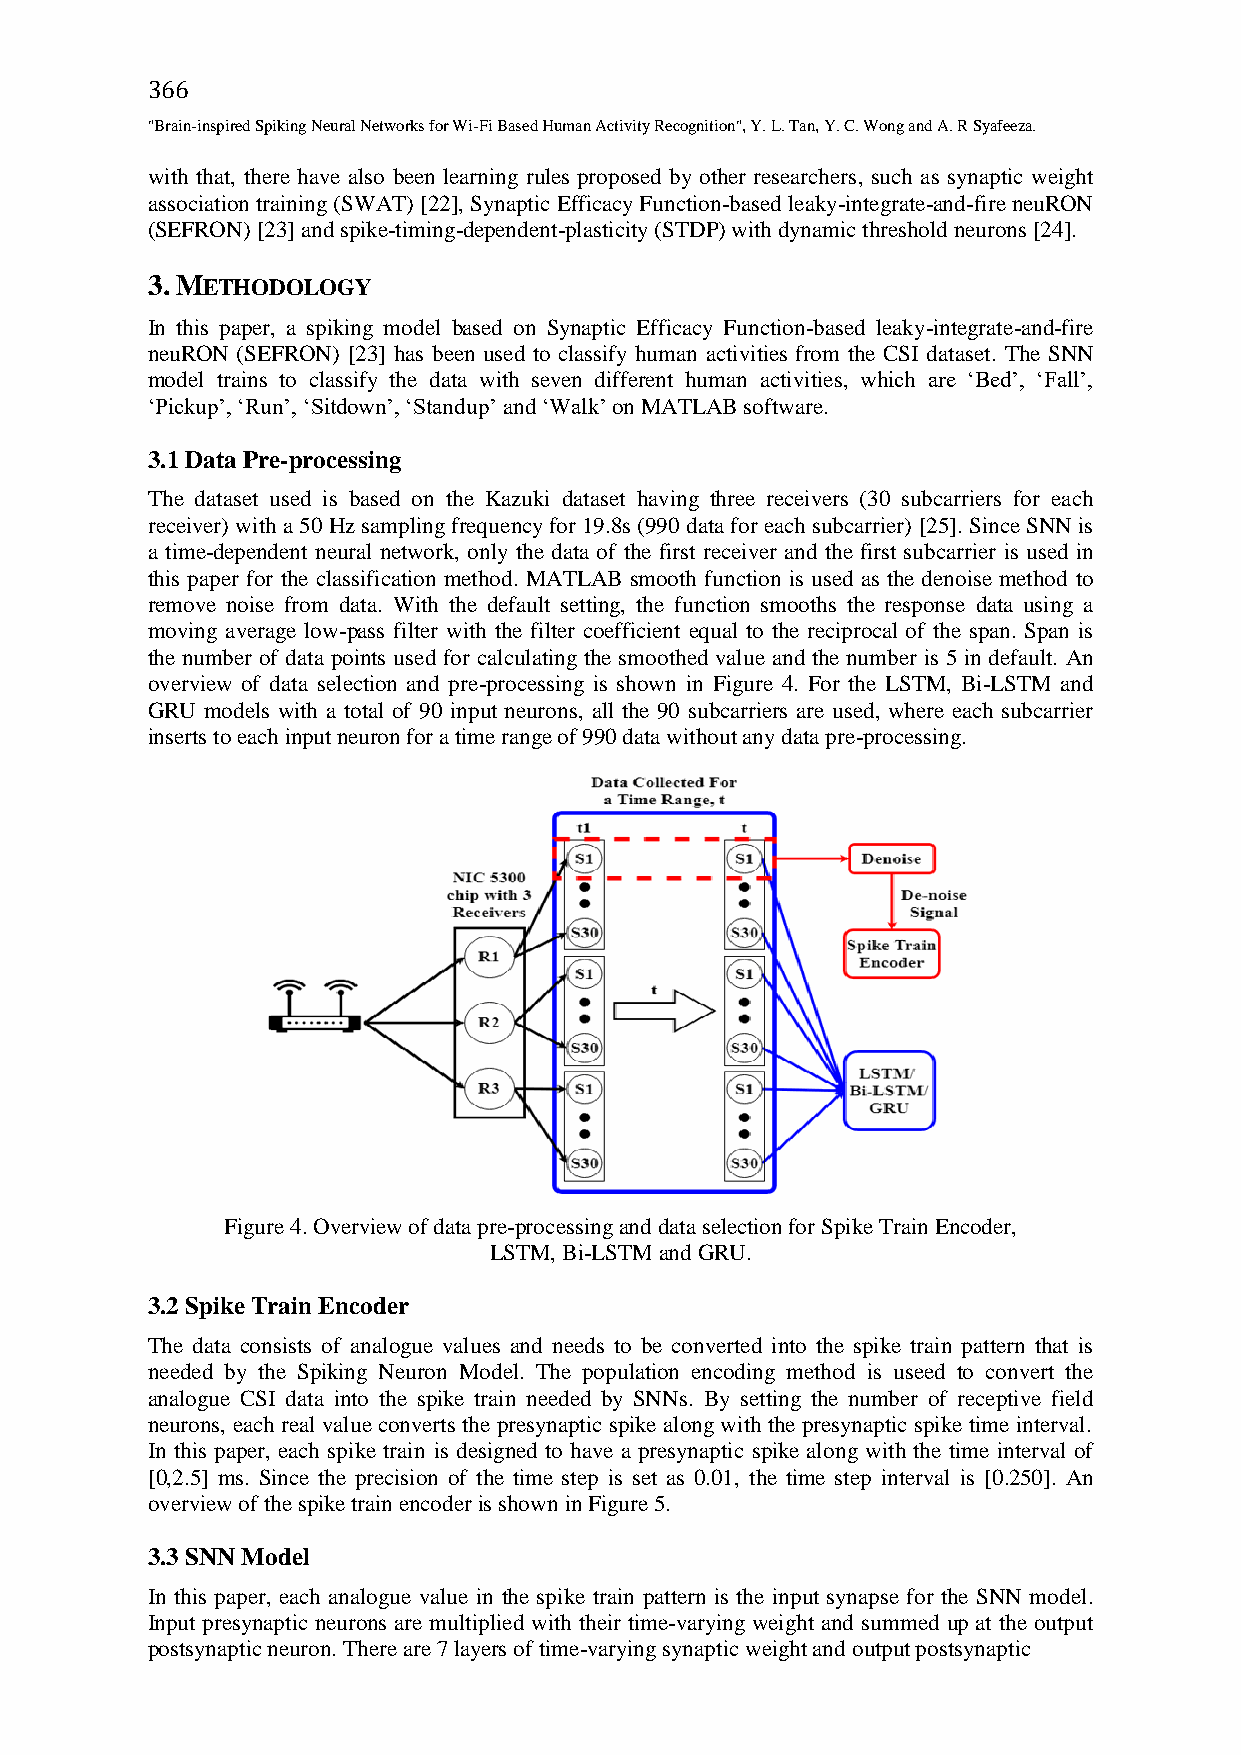
366
 "Brain-inspired Spiking Neural Networks for Wi-Fi Based Human Activity Recognition", Y. L. Tan, Y. C. Wong and A. R Syafeeza.
 with that, there have also been learning rules proposed by other researchers, such as synaptic weight
 association training (SWAT) [22], Synaptic Efficacy Function-based leaky-integrate-and-fire neuRON
 (SEFRON) [23] and spike-timing-dependent-plasticity (STDP) with dynamic threshold neurons [24].
 3.METHODOLOGY
 In this paper, a spiking model based on Synaptic Efficacy Function-based leaky-integrate-and-fire
 neuRON (SEFRON) [23] has been used to classify human activities from the CSI dataset. The SNN
 model trains to classify the data with seven different human activities, which are ‘Bed’, ‘Fall’,
 ‘Pickup’, ‘Run’, ‘Sitdown’, ‘Standup’ and ‘Walk’ on MATLAB software.
 3.1 Data Pre-processing
 The dataset used is based on the Kazuki dataset having three receivers (30 subcarriers for each
 receiver) with a 50 Hz sampling frequency for 19.8s (990 data for each subcarrier) [25]. Since SNN is
 a time-dependent neural network, only the data of the first receiver and the first subcarrier is used in
 this paper for the classification method. MATLAB smooth function is used as the denoise method to
 remove noise from data. With the default setting, the function smooths the response data using a
 moving average low-pass filter with the filter coefficient equal to the reciprocal of the span. Span is
 the number of data points used for calculating the smoothed value and the number is 5 in default. An
 overview of data selection and pre-processing is shown in Figure 4. For the LSTM, Bi-LSTM and
 GRU models with a total of 90 input neurons, all the 90 subcarriers are used, where each subcarrier
 inserts to each input neuron for a time range of 990 data without any data pre-processing.
 Figure 4. Overview of data pre-processing and data selection for Spike Train Encoder,
 LSTM, Bi-LSTM and GRU.
 3.2 Spike Train Encoder
 The data consists of analogue values and needs to be converted into the spike train pattern that is
 needed by the Spiking Neuron Model. The population encoding method is useed to convert the
 analogue CSI data into the spike train needed by SNNs. By setting the number of receptive field
 neurons, each real value converts the presynaptic spike along with the presynaptic spike time interval.
 In this paper, each spike train is designed to have a presynaptic spike along with the time interval of
 [0,2.5] ms. Since the precision of the time step is set as 0.01, the time step interval is [0.250]. An
 overview of the spike train encoder is shown in Figure 5.
 3.3 SNN Model
 In this paper, each analogue value in the spike train pattern is the input synapse for the SNN model.
 Input presynaptic neurons are multiplied with their time-varying weight and summed up at the output
 postsynaptic neuron. There are 7 layers of time-varying synaptic weight and output postsynaptic